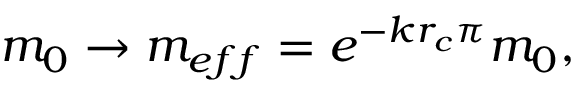
m _ { 0 } \to m _ { e f f } = e ^ { - k r _ { c } \pi } m _ { 0 } ,